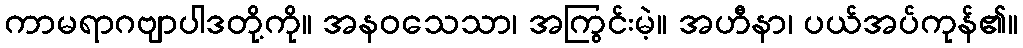
ကာမရာဂဗျာပါဒတို့ကို။ အနဝသေသာ၊ အကြွင်းမဲ့။ အဟီနာ၊ ပယ်အပ်ကုန်၏။